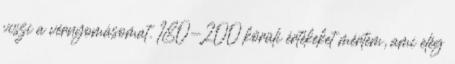
viszi a vérnyomásomat. 180-200 körüli értékeket mértem, ami elég